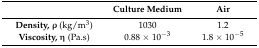
|  | Culture Medium | Air |
 | --- | --- | --- |
 | Density, ρ (kg/m3) | 1030 | 1.2 |
 | Viscosity, η (Pa.s) | 0.88 × 10−3 | 1.8 × 10−5 |